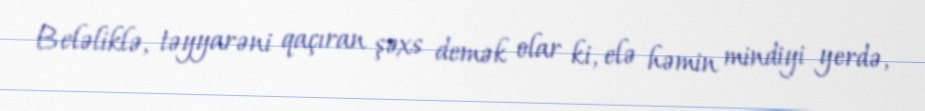
Beləliklə, təyyarəni qaçıran şəxs demək olar ki, elə həmin mindiyi yerdə,